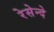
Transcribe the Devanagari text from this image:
रेसेन्दे